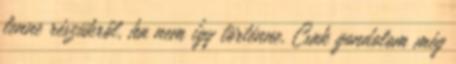
lenne részükről, ha nem így történne. Csak gondolom még